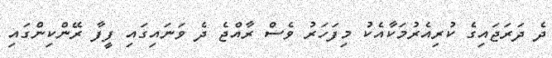
ދެ ދަރަޖައިގެ ކުރިއެރުމަކާއެކު މިފަހަރު ވެސް ރާއްޖެ ދެ ވަނައިގައި ފީފާ ރޭންކިންގައި